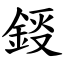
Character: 鋄